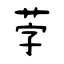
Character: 茡